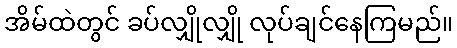
အိမ်ထဲတွင် ခပ်လျှိုလျှို လုပ်ချင်နေကြမည်။